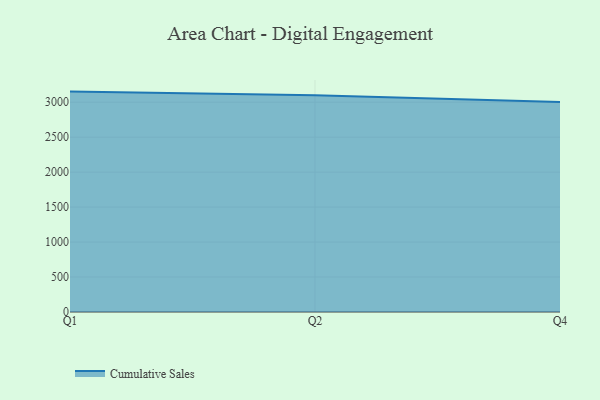
{"axis": {"x": "Quarter", "y": "Churn Rate (%)"}, "legend": ["Cumulative Sales"], "data": [{"x": "Q1", "y": 3151.2, "type": "Cumulative Sales"}, {"x": "Q2", "y": 3097.5, "type": "Cumulative Sales"}, {"x": "Q4", "y": 3001.2, "type": "Cumulative Sales"}]}